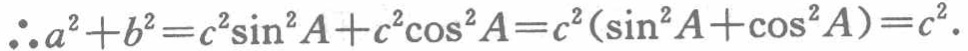
\(\therefore a^{2}+b^{2}=c^{2}\sin ^{2}A + c^{2}\cos ^{2}A = c^{2}(\sin ^{2}A+\cos ^{2}A)=c^{2}.\)